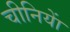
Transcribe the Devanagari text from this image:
चीनियाें